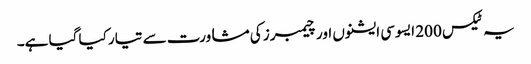
یہ ٹیکس 200 ایسوسی ایشنوں اور چیمبرز کی مشاورت سے تیار کیا گیا ہے۔